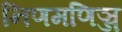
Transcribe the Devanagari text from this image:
निणमणिञ्ज